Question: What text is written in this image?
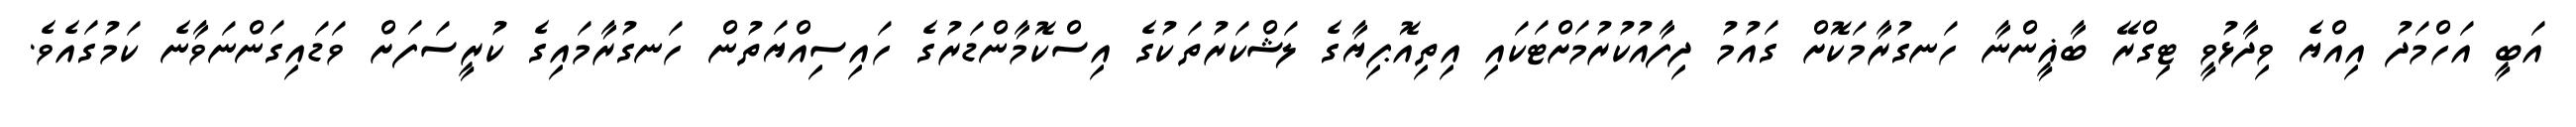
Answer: އަބީ އަހްމަދު އިއްޔެ ވިދާޅުވީ ޓިގްރޭ ބާޣީންނާ ހަނގުރާމަކޮށް ގައުމު ދިފާއުކުރުމަށްޓަކައި އިތިއޮޕިޔާގެ ލަޝްކަރުތަކުގެ އިސްކޮމާންޑަރުގެ ހައިސިއްޔަތުން ހަނގުރާމައިގެ ކުރީސަފަށް ވަޑައިގަންނަވާނެ ކަމުގައެވެ.